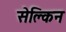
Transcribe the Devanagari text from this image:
सेक्लिन